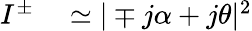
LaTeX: \begin{array}{rl}{I^{\pm}}&{{}\simeq|\mp j\alpha+j\theta|^{2}}\end{array}